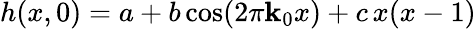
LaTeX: h(x,0)=a+b\cos(2\pi\mathbf{k}_{0}x)+c\, x(x-1)